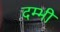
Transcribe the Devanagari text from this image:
दम्भी